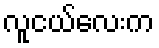
လူငယ်လေးက